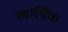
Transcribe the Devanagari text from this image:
स्वार्थिक